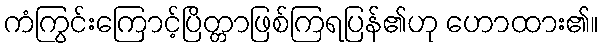
ကံကြွင်းကြောင့်ပြိတ္တာဖြစ်ကြရပြန်၏ဟု ဟောထား၏။